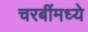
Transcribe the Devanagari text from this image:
चरबींमध्ये